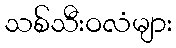
သစ်သီးဝလံများ